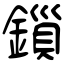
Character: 鎻